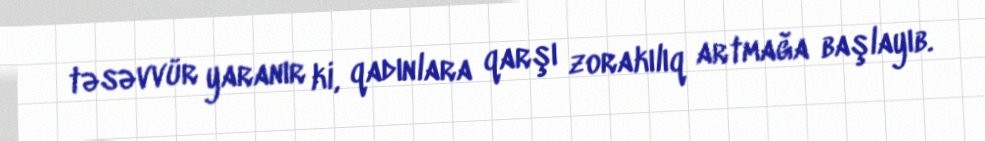
təsəvvür yaranır ki, qadınlara qarşı zorakılıq artmağa başlayıb.